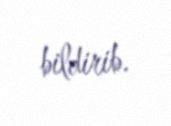
bildirib.